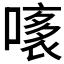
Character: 𧛧